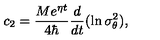
c _ { 2 } = \frac { M e ^ { \eta t } } { 4 \hbar } \frac d { d t } ( \ln \sigma _ { \theta } ^ { 2 } ) ,